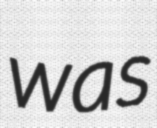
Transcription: was